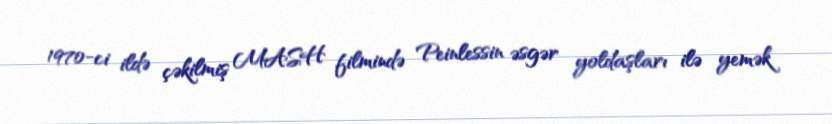
1970-ci ildə çəkilmiş MASH filmində Peinlessin əsgər yoldaşları ilə yemək